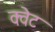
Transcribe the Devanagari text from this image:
क्वेट